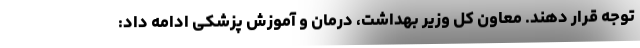
توجه قرار دهند. معاون کل وزیر بهداشت، درمان و آموزش پزشکی ادامه داد: